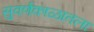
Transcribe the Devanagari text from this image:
सुवर्णकाळातला